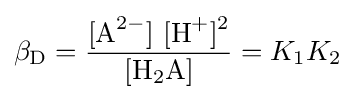
\beta _{\mathrm {D} }={\frac {[\mathrm {A} {\vphantom {A}}^{2-}]~[\mathrm {H} {\vphantom {A}}^{+}]{\vphantom {A}}^{2}}{[\mathrm {H} {\vphantom {A}}_{\smash[{t}]{2}}\mathrm {A} ]}}=K_{1}K_{2}